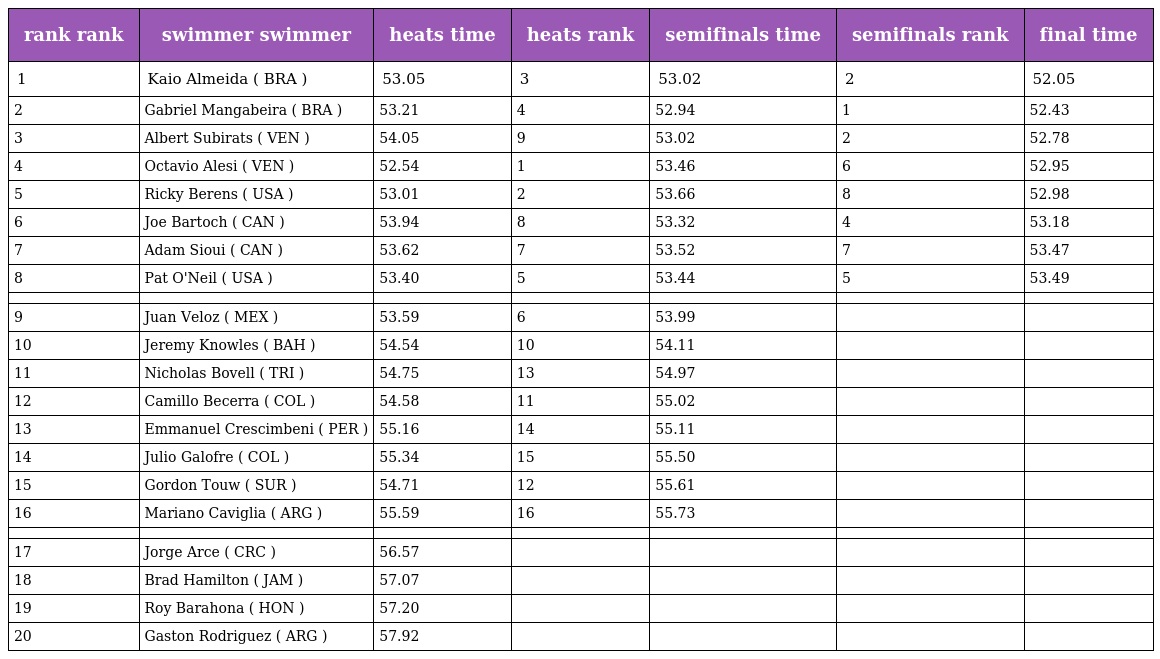
| rank rank | swimmer swimmer | heats time | heats rank | semifinals time | semifinals rank | final time |
 | --- | --- | --- | --- | --- | --- | --- |
 | 1 | Kaio Almeida ( BRA ) | 53.05 | 3 | 53.02 | 2 | 52.05 |
 | 2 | Gabriel Mangabeira ( BRA ) | 53.21 | 4 | 52.94 | 1 | 52.43 |
 | 3 | Albert Subirats ( VEN ) | 54.05 | 9 | 53.02 | 2 | 52.78 |
 | 4 | Octavio Alesi ( VEN ) | 52.54 | 1 | 53.46 | 6 | 52.95 |
 | 5 | Ricky Berens ( USA ) | 53.01 | 2 | 53.66 | 8 | 52.98 |
 | 6 | Joe Bartoch ( CAN ) | 53.94 | 8 | 53.32 | 4 | 53.18 |
 | 7 | Adam Sioui ( CAN ) | 53.62 | 7 | 53.52 | 7 | 53.47 |
 | 8 | Pat O'Neil ( USA ) | 53.40 | 5 | 53.44 | 5 | 53.49 |
 |  |  |  |  |  |  |  |
 | 9 | Juan Veloz ( MEX ) | 53.59 | 6 | 53.99 |  |  |
 | 10 | Jeremy Knowles ( BAH ) | 54.54 | 10 | 54.11 |  |  |
 | 11 | Nicholas Bovell ( TRI ) | 54.75 | 13 | 54.97 |  |  |
 | 12 | Camillo Becerra ( COL ) | 54.58 | 11 | 55.02 |  |  |
 | 13 | Emmanuel Crescimbeni ( PER ) | 55.16 | 14 | 55.11 |  |  |
 | 14 | Julio Galofre ( COL ) | 55.34 | 15 | 55.50 |  |  |
 | 15 | Gordon Touw ( SUR ) | 54.71 | 12 | 55.61 |  |  |
 | 16 | Mariano Caviglia ( ARG ) | 55.59 | 16 | 55.73 |  |  |
 |  |  |  |  |  |  |  |
 | 17 | Jorge Arce ( CRC ) | 56.57 |  |  |  |  |
 | 18 | Brad Hamilton ( JAM ) | 57.07 |  |  |  |  |
 | 19 | Roy Barahona ( HON ) | 57.20 |  |  |  |  |
 | 20 | Gaston Rodriguez ( ARG ) | 57.92 |  |  |  |  |